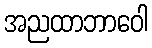
အညထာဘာဝေါ